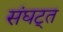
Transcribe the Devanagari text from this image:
संघट्त